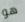
هو